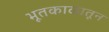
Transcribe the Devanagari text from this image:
भूतकाळातून